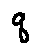
q